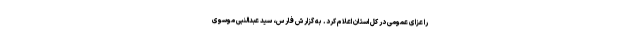
را عزای عمومی در کل استان اعلام کرد. به گزارش فارس، سید عبدالنبی موسوی